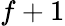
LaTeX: f+1